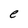
Character: e